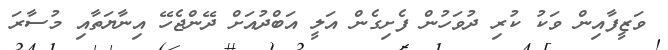
ވަޒީފާއިން ވަކު ކުރި ދުވަހުން ފެށިގެން އަލީ އަބްދުއަށް ދޭންޖެހޭ އިނާޔަތާއި މުސާރަ